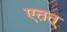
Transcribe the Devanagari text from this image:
एतत्‌